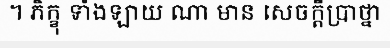
។ ភិក្ខុ ទាំងឡាយ ណា មាន សេចក្តីប្រាថ្នា